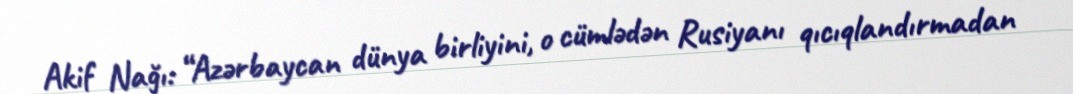
Akif Nağı: “Azərbaycan dünya birliyini, o cümlədən Rusiyanı qıcıqlandırmadan